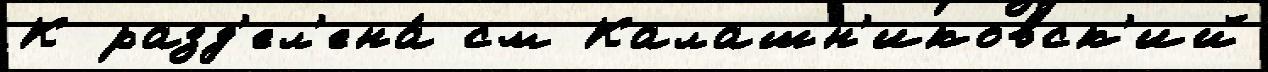
К разд'ел'ена́ см Калашн'иковск'ий